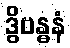
ဒွိဗန္ဓနံ